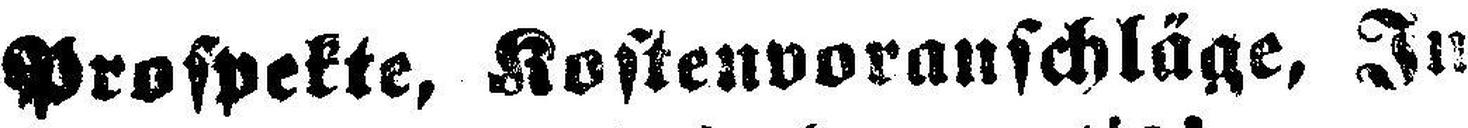
Prospekte, Kostenvoranschläge, In